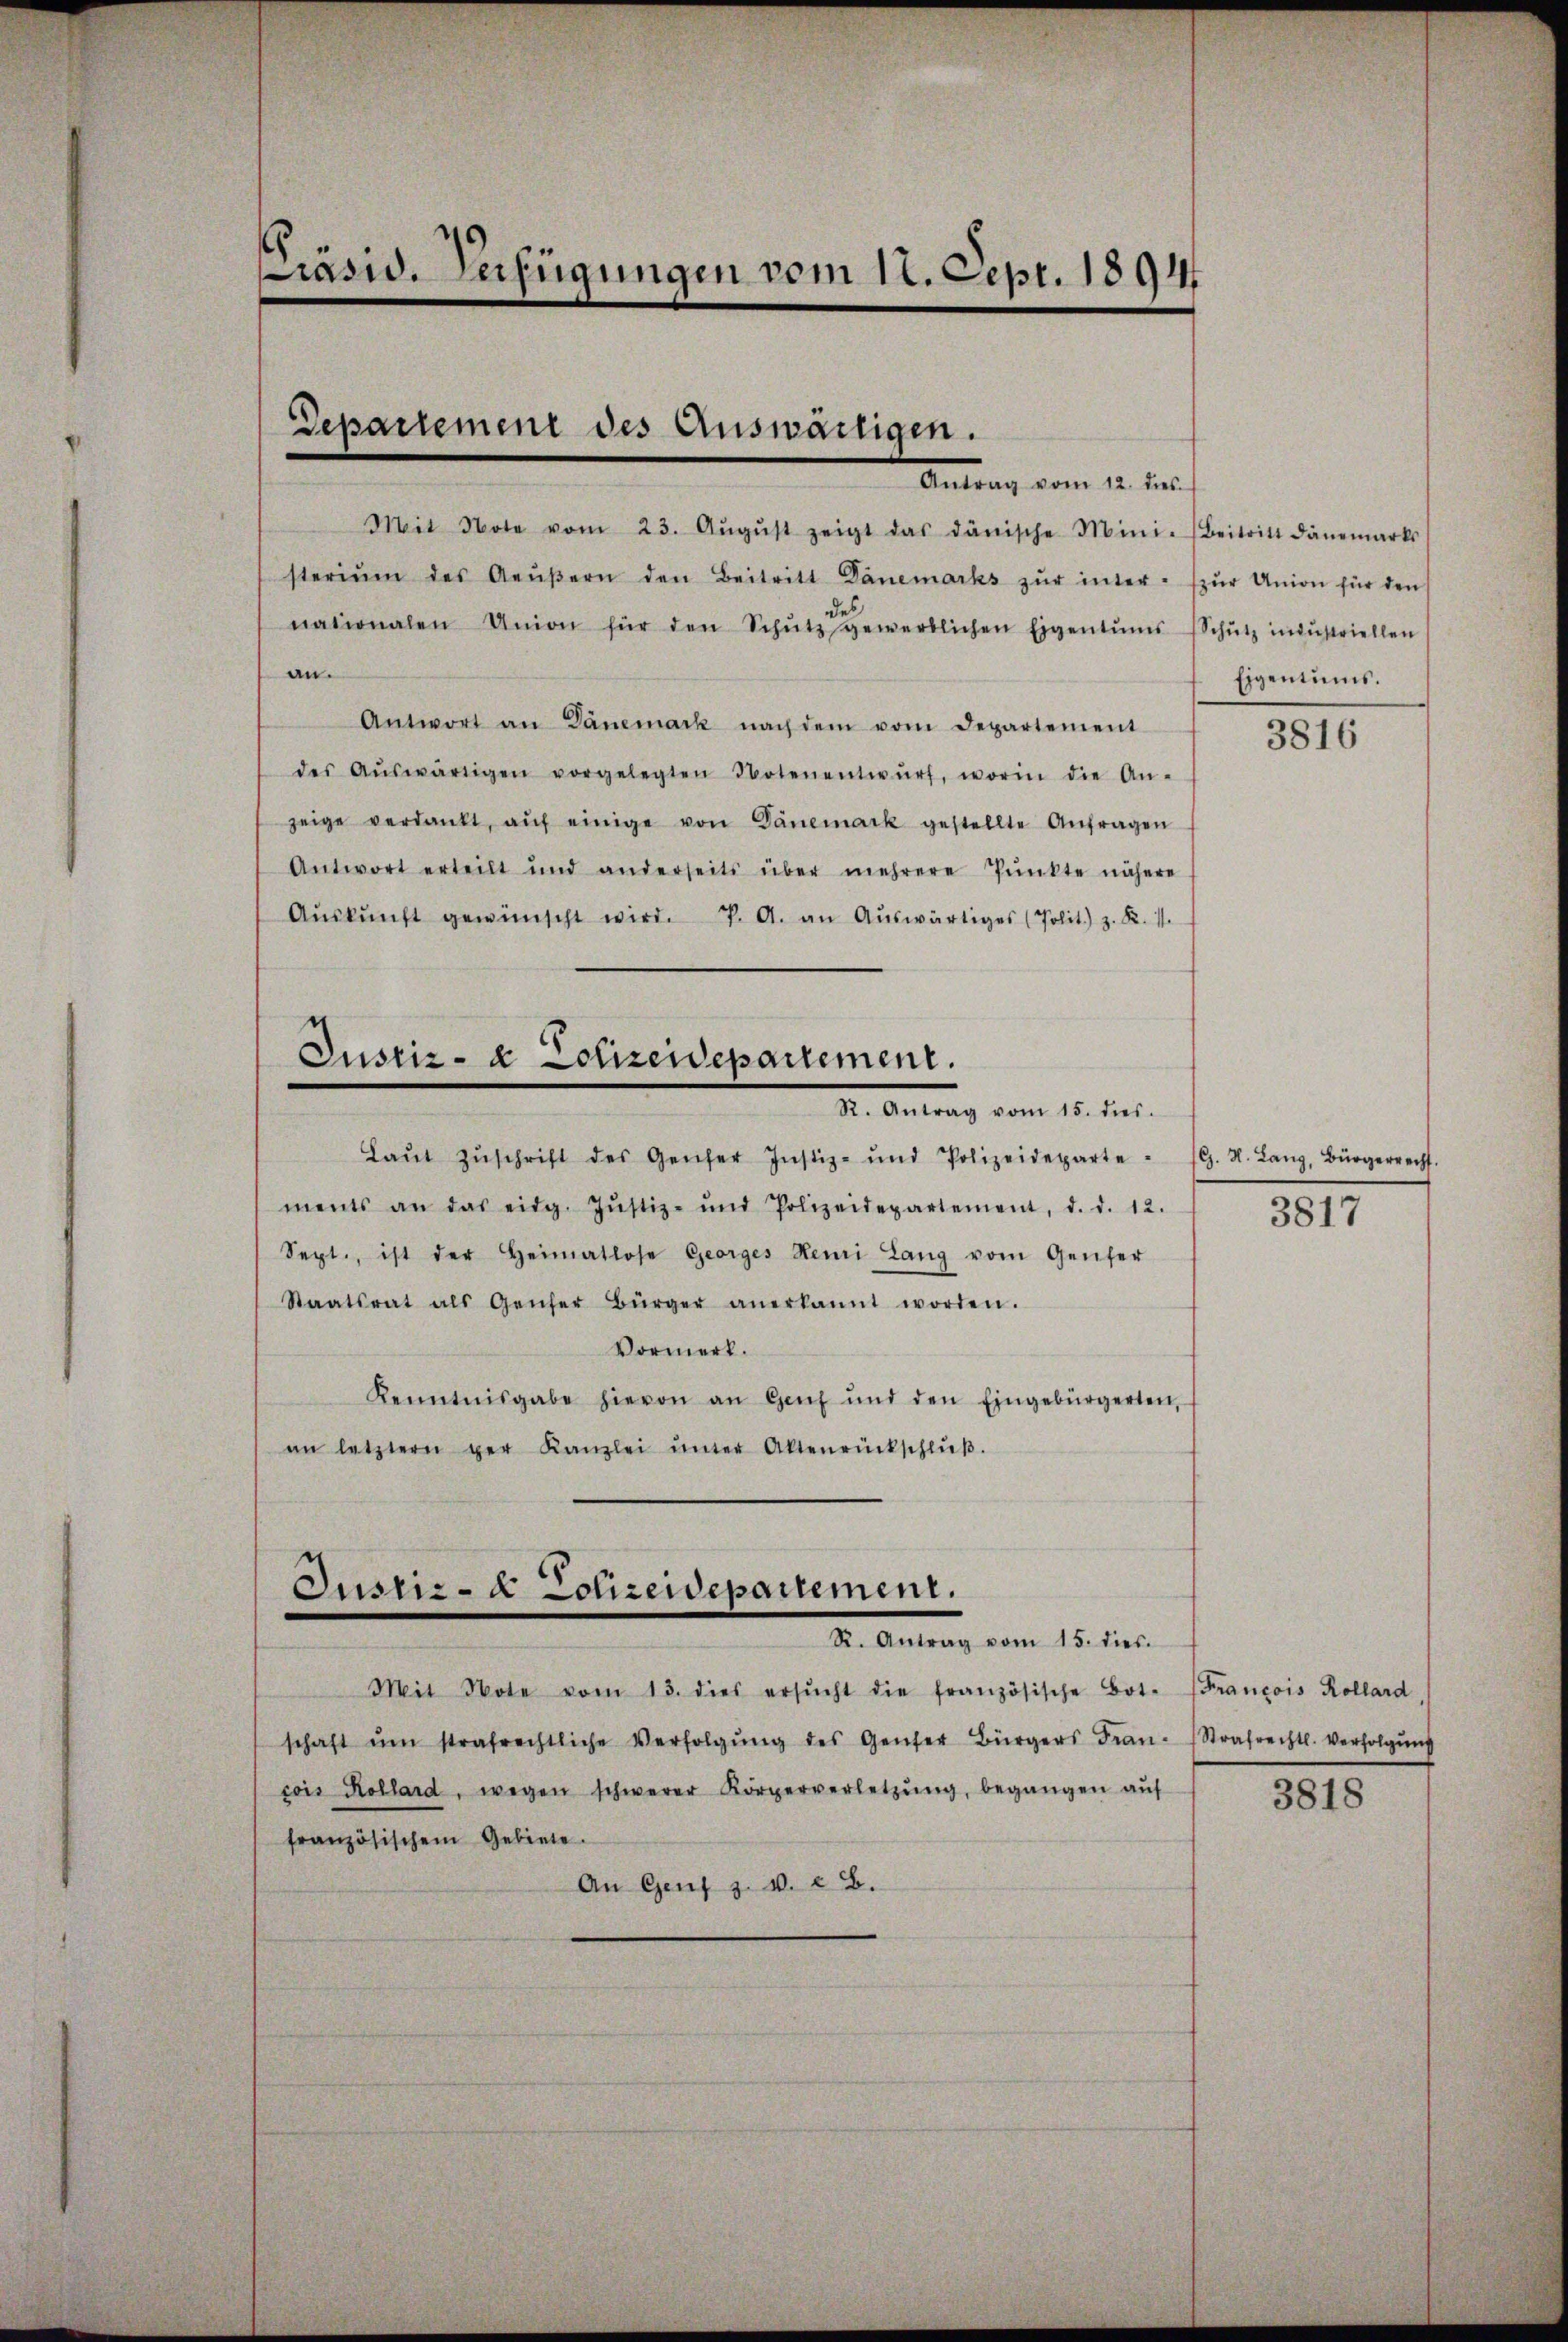
PPräsid. Verfügungen vom 12. Sept. 1891

Departement des Auswärtigen.
Antrag vom 12. Jes.

Mit Note vom 23. Aŭgŭst zeigt das dänische Mini- Beitritt danemarks
sterium des Aeŭβern den Beitritt Dänemarks zŭr inter zŭr Union für den
nationalen Union für den Schŭtz gewerblichen Eigentums Schŭtz industriellen
an.
Antwort an Dänemark nach dem vom Departement
des Aŭswärtigen vorgelegten Notenentwŭrf, worin die An-
zeige verdankt, aŭf einige von Dänemark gestellte Anfragen
Antwort erteilt und anderseits über mehrere Pŭnkte nähere
Aŭskŭnft gewünscht wird. P. A. an Aŭswärtiges (Polit.) z. R. 11.
Justiz- & Polizeidepartement.
R. Antrag vom 15. dies.
Laŭt Zŭschrift des Genfer Justiz- und Polizeideparte " G. H. Lang, Bürgerrecht.
ments an das eidg. Jŭstiz- und Polizeidepartement, d. d. 12.
Sept., ist der Heimatlose Georges Henri Lang vom Genfer
Staatsrat als Genfer Bürger anerkannt worden.
Vormerk.
Kenntnisgabe hievon an Genf und den Eingebürgerten,
an letztern ger Kanzlei ŭnter Altenrückschlŭβ.

Justiz- & Polizeidepartement.
Dr. Antrag vom 15. dies

Mit Note vom 13. dies ersŭcht die französische Bot. (Francois Kollard,
schaft ŭm strafrechtliche Verfolgŭng des Genfer Bürgers Fran- (Strafrechtl. Verfolgŭng
cois Kollard, wegen schwerer Körperverletzŭng, begangen aŭf
französischem Gebiete.
An Genf z. v. 22.

Eigentums.

3816

3817

3818